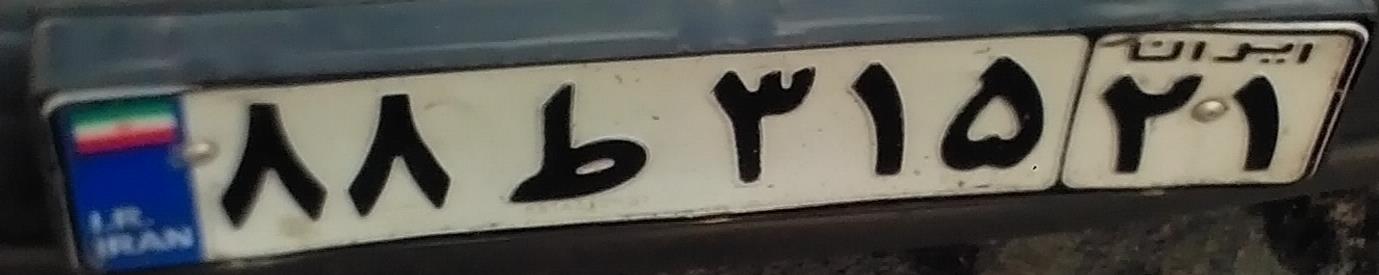
۸۸ط۳۱۵۲۱